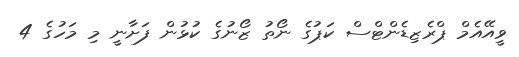
ވީއޭއެމް ޕްރެޒިޑެންޓްސް ކަޕުގެ ނޯތު ޒޯނުގެ ކުޅުން ފަށާނީ މި މަހުގެ 4